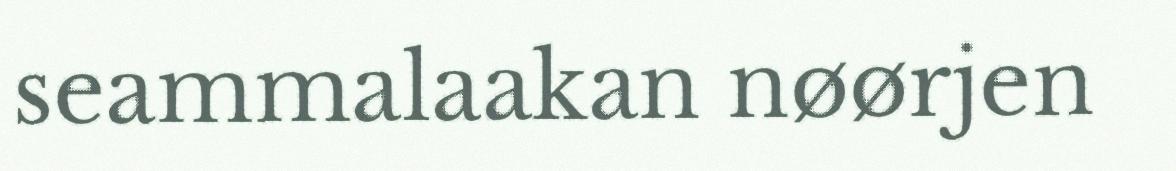
seammalaakan nøørjen